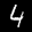
Label: 4